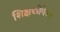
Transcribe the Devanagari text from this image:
शिक्षकीपेशा